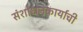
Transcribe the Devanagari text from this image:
संशोधनकार्याची